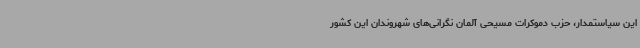
این سیاستمدار، حزب دموکرات مسیحی آلمان نگرانی‌های شهروندان این کشور